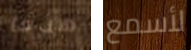
هدفا لأسمع